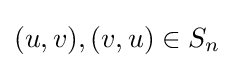
(u,v),(v,u)\in S_{n}